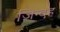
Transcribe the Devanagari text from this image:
जिन्दह